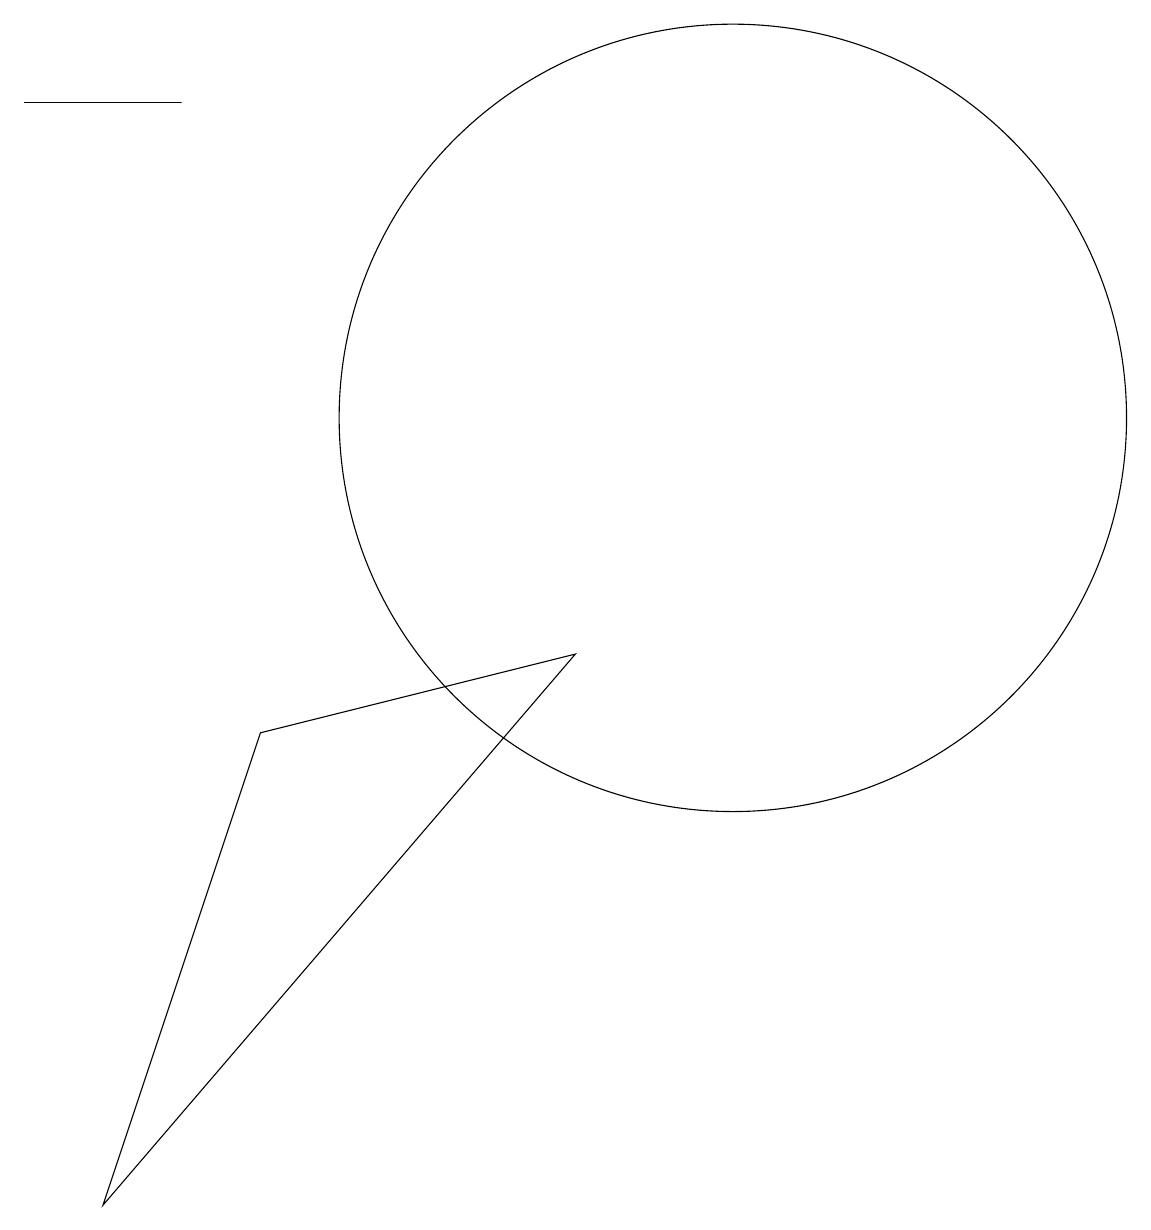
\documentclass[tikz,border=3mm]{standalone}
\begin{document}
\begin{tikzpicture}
\draw (11,11) circle (5);
\draw (2,15) rectangle (4,15);
\draw (5,7) -- (3,1) -- (9,8) -- cycle;
\draw (12,10) circle (0);
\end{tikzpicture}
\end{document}